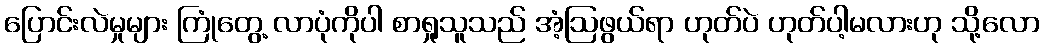
ပြောင်းလဲမှုများ ကြုံတွေ့ လာပုံကိုပါ စာရှုသူသည် အံ့ဩဖွယ်ရာ ဟုတ်ပဲ ဟုတ်ပါ့မလားဟု သို့လော